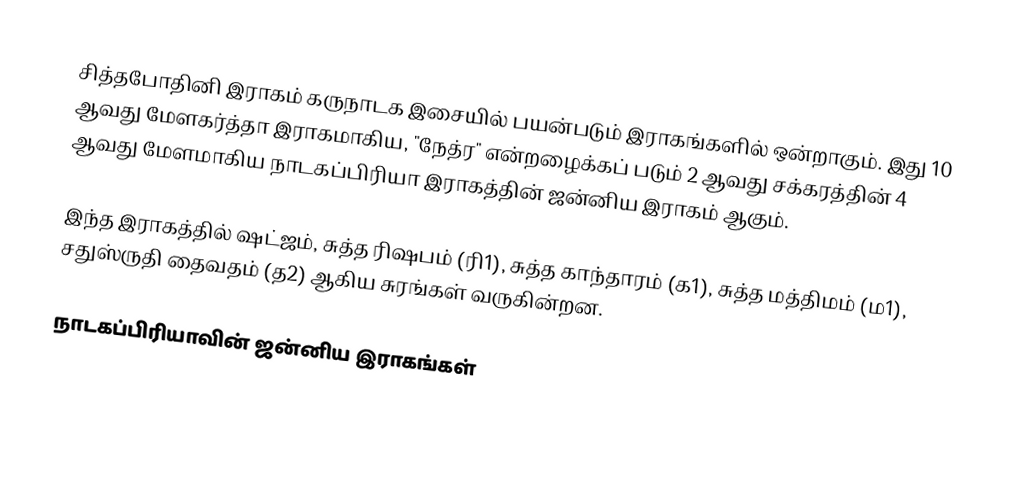
சித்தபோதினி இராகம் கருநாடக இசையில் பயன்படும் இராகங்களில் ஒன்றாகும். இது 10 ஆவது மேளகர்த்தா இராகமாகிய, "நேத்ர" என்றழைக்கப் படும் 2 ஆவது சக்கரத்தின் 4 ஆவது மேளமாகிய நாடகப்பிரியா இராகத்தின் ஜன்னிய இராகம் ஆகும்.

இந்த இராகத்தில் ஷட்ஜம், சுத்த ரிஷபம் (ரி1),  சுத்த காந்தாரம் (க1), சுத்த மத்திமம் (ம1), சதுஸ்ருதி தைவதம் (த2) ஆகிய சுரங்கள்  வருகின்றன.

நாடகப்பிரியாவின் ஜன்னிய இராகங்கள்